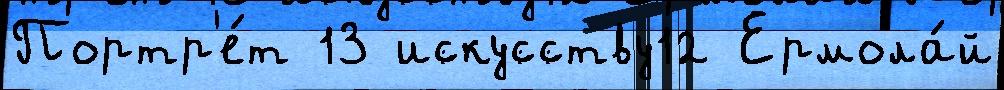
Портр'е́т 13 искусству12 Ермола́й